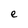
Character: e